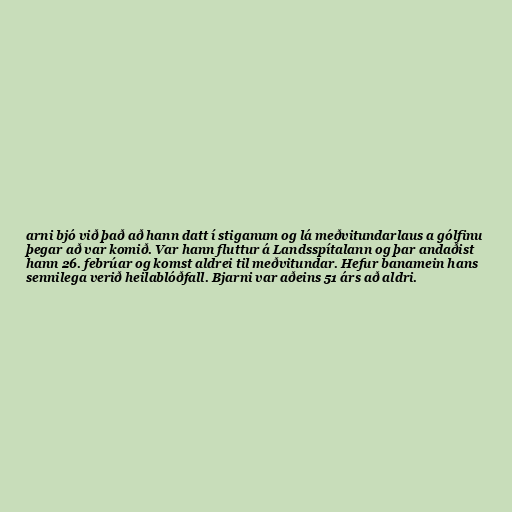
arni bjó við það að hann datt í stiganum og lá meðvitundarlaus a gólfinu
þegar að var komið. Var hann fluttur á Landsspítalann og þar andaðist
hann 26. febrúar og komst aldrei til meðvitundar. Hefur banamein hans
sennilega verið heilablóðfall. Bjarni var aðeins 51 árs að aldri.